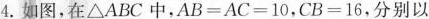
4.如图，在△ABC中，$$AB = AC = 10 $$，$$CB = 16 $$，分别以